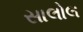
સાલોલ